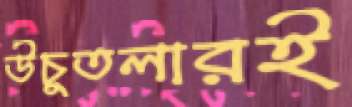
উঁচুতলারই